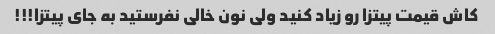
کاش قیمت پیتزا رو زیاد کنید ولی نون خالی نفرستید به جای پیتزا!!!